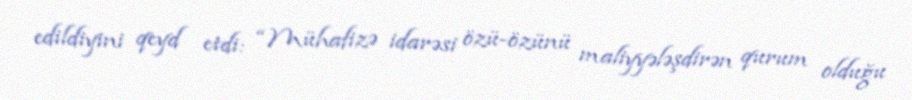
edildiyini qeyd etdi: “Mühafizə idarəsi özü-özünü maliyyələşdirən qurum olduğu